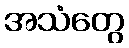
အသံတွေ